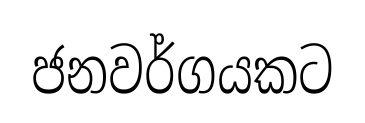
ජනවර්ගයකට